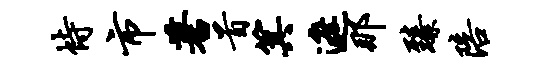
恃市蓍首箕遮那臻陪